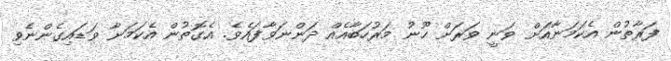
ފަރާތުން އެކަމަނާއަށް ވަނީ ވަރަށް ހޫނު މަރުހަބާއެއް ދަންނަވާފައެވެ. އެގޮތުން އެކަމަނާ ވަޑައިގެންނެވި